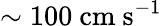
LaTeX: \sim 100\ \mathrm{cm\ s^{-1}}